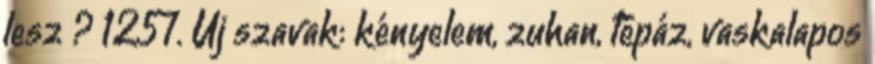
lesz ? 1257. Új szavak: kényelem, zuhan, tépáz, vaskalapos